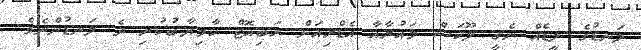
ލަނޑުގެ ލީޑެއް ނެގީ ލޫކަސް މައުރާއާ އެޑްރިއަން ރަބިއޮޓް ކާމިޔާބުކުރި ދެ ލަނޑުންނެވެ.